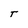
Character: T